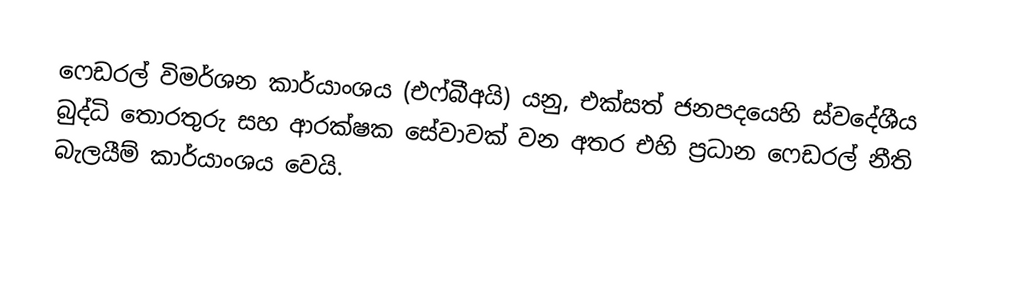
ෆෙඩරල් විමර්ශන කාර්යාංශය (එෆ්බීඅයි) යනු,  එක්සත් ජනපදයෙහි ස්වදේශීය  බුද්ධි තොරතුරු සහ ආරක්ෂක සේවාවක් වන අතර එහි ප්‍රධාන ෆෙඩරල් නීති බැලයීම් කාර්යාංශය වෙයි.